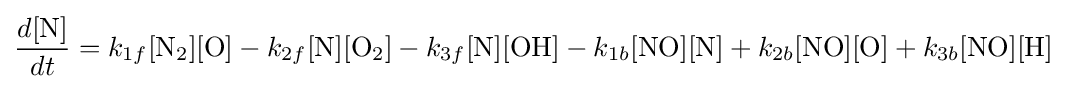
{\frac {d[\mathrm {N} ]}{dt}}=k_{1f}[\mathrm {N} _{2}][\mathrm {O} ]-k_{2f}[\mathrm {N} ][\mathrm {O} _{2}]-k_{3f}[\mathrm {N} ][\mathrm {OH} ]-k_{1b}[\mathrm {NO} ][\mathrm {N} ]+k_{2b}[\mathrm {NO} ][\mathrm {O} ]+k_{3b}[\mathrm {NO} ][\mathrm {H} ]